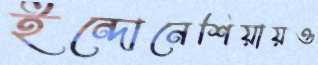
ইন্দোনেশিয়ায়ও